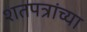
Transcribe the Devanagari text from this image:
शतपत्रांच्या